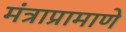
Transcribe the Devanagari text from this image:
मंत्राप्रामाणे